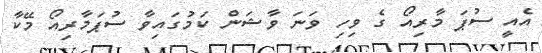
އެއީ ސުޕަ މާރިއޯ ގެ ވިހި ވަނަ ވާޝަން ކަމުގައިވާ ސުޕަމާރިއޯ މޭކާ